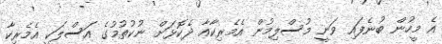
އެ މީހުން ބުނެފައި ވަނީ މުސްލިމުން އެމެރިކާއާ ދެކޮޅަށް ނުކުތުމުގެ އަސްލަކީ އެމެރިކާ